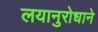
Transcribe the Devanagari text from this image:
लयानुरोधाने